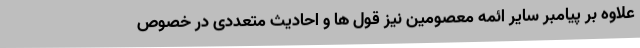
علاوه بر پیامبر سایر ائمه معصومین نیز قول ها و احادیث متعددی در خصوص